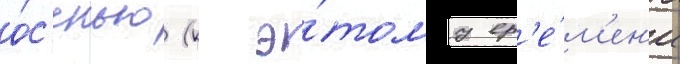
о́с'енью (к э́тому вр'е́м'ен'и